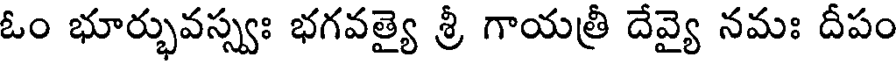
ఓం భూర్భువస్స్వః భగవత్యై శ్రీ గాయత్రీ దేవ్యై నమః దీపం